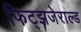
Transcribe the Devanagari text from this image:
फिट्झजेराल्ड